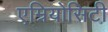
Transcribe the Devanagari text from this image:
एम्नियोसिटी